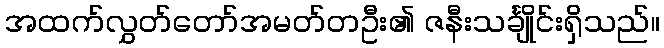
အထက်လွှတ်တော်အမတ်တဦး၏ ဇနီးသင်္ချိုင်းရှိသည်။